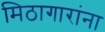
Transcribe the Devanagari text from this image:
मिठागारांना